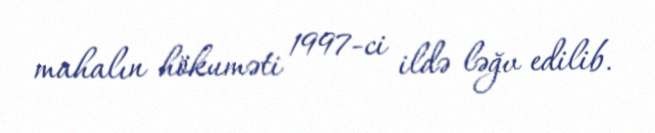
mahalın hökuməti 1997-ci ildə ləğv edilib.